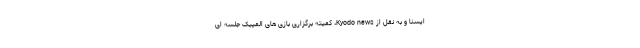
ایسنا و به نقل از Kyodo news، کمیته برگزاری بازی های المپیک جلسه ای